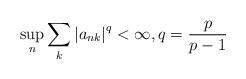
LaTeX: \begin{align*}\sup_{n} \sum\limits_{k}\left| a_{nk}\right|^{q} < \infty, q=\frac{p}{p-1}\end{align*}